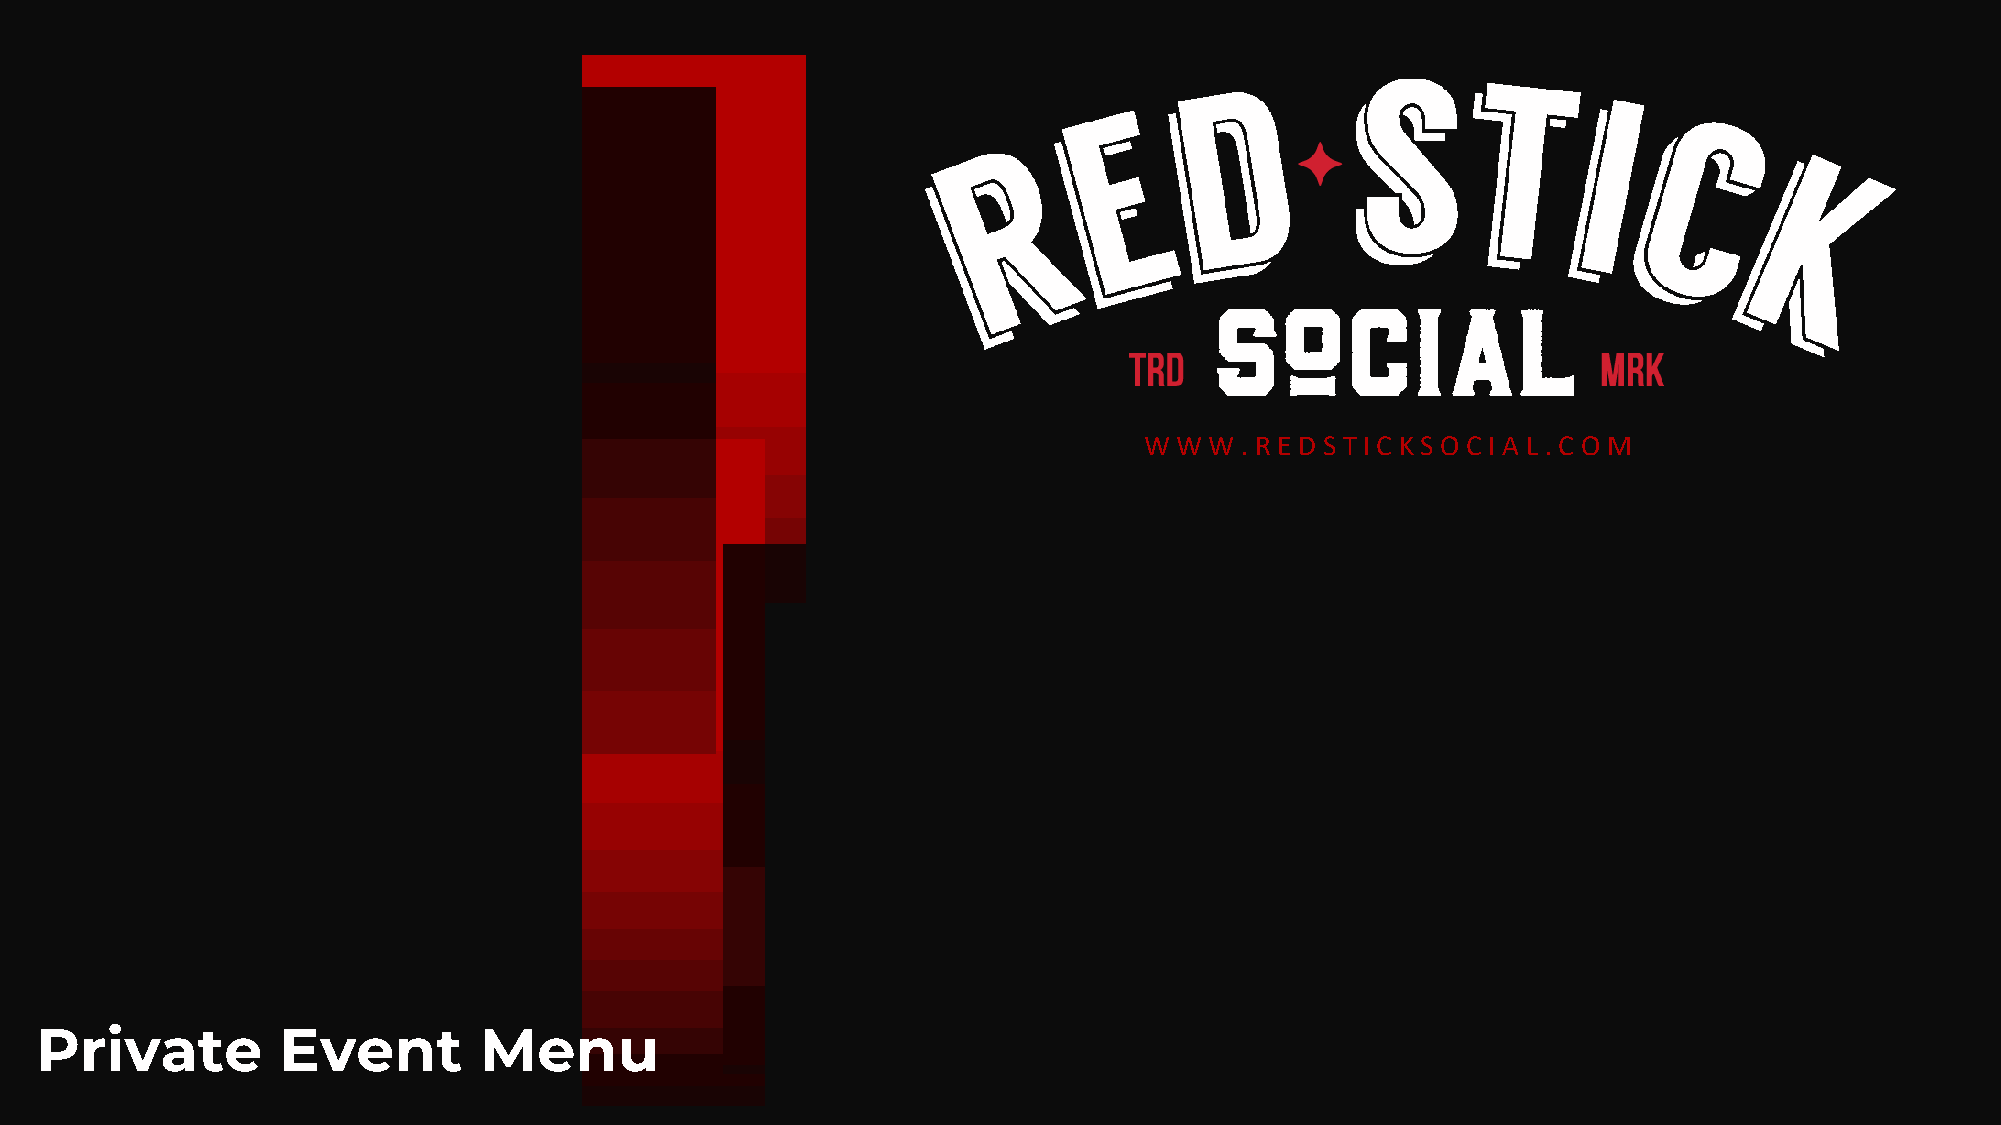
W W W . R E D S T I C K S O C I A L . C O M
 Private         Event         Menu